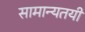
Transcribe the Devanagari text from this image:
सामान्यतयी